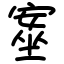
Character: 㝧